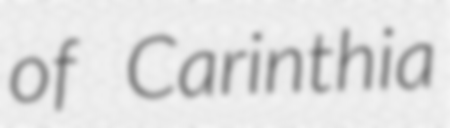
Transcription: of Carinthia